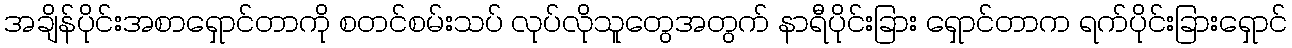
အချိန်ပိုင်းအစာရှောင်တာကို စတင်စမ်းသပ် လုပ်လိုသူတွေအတွက် နာရီပိုင်းခြား ရှောင်တာက ရက်ပိုင်းခြားရှောင်